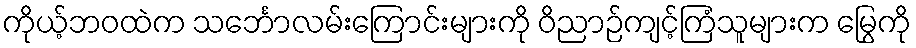
ကိုယ့်ဘဝထဲက သင်္ဘောလမ်းကြောင်းများကို ဝိညာဉ်ကျင့်ကြံသူများက မြွေကို